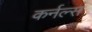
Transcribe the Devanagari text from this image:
कर्नल्‍स